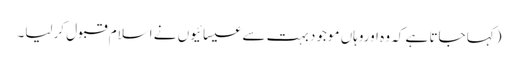
(کہا جاتا ہے کہ وہ اوروہاں موجود بہت سے عیسائیوں نے اسلام قبول کرلیا۔